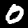
Label: 0